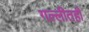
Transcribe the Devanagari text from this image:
गल्लीतही